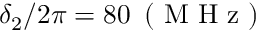
\delta _ { 2 } / 2 \pi = 8 0 \, \mathrm { ~ ( ~ M ~ H ~ z ~ ) ~ }